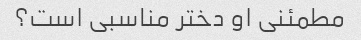
مطمئنی او دختر مناسبی است؟